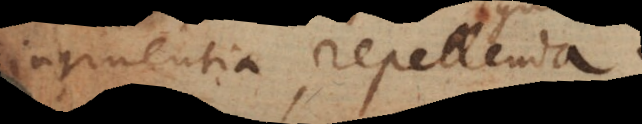
ingruentia repellenda.